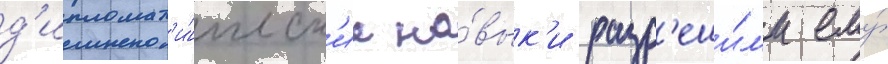
д'ипломат'и́ческ'ие на́вык'и разр'еши́л'и ему́